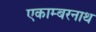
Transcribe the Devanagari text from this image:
एकाम्बरनाथ